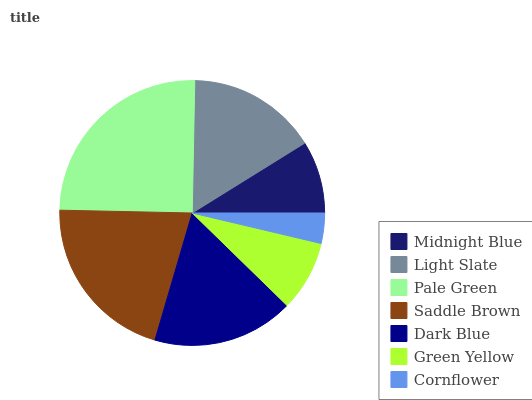
| Midnight Blue | Light Slate | Pale Green | Saddle Brown | Dark Blue | Green Yellow | Cornflower |
 | --- | --- | --- | --- | --- | --- | --- |
 | 8.85% | 15.8% | 25% | 20.8% | 17.2% | 8.61% | 3.69% |